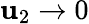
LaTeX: \mathbf{u}_{2}\to0